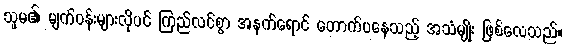
သူမ၏ မျက်ဝန်းများလိုပင် ကြည်လင်စွာ အနက်ရောင် တောက်ပနေသည့် အသံမျိုး ဖြစ်လေသည်။